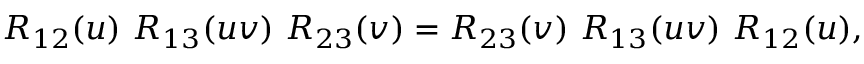
R _ { 1 2 } ( u ) \ R _ { 1 3 } ( u v ) \ R _ { 2 3 } ( v ) = R _ { 2 3 } ( v ) \ R _ { 1 3 } ( u v ) \ R _ { 1 2 } ( u ) ,